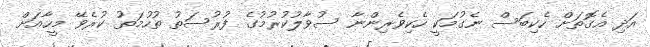
އަދި އެގޮތަށް ހެކިބަސް ނެގުމަކީ ހެކިވެރިންނާ ސުވާލުކުރުމުގެ ފުރުސަތު ތުހުމަތު ކުރެވޭ މީހާއަށް